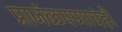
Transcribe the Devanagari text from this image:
प्राजंळपणाचंही